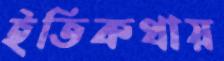
ইতিকথায়